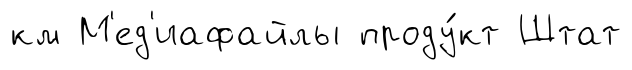
км М'ед'иафайлы проду́кт Штат